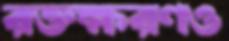
রক্তক্ষরণও